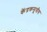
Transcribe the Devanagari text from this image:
केंद्रकसूत्रीय